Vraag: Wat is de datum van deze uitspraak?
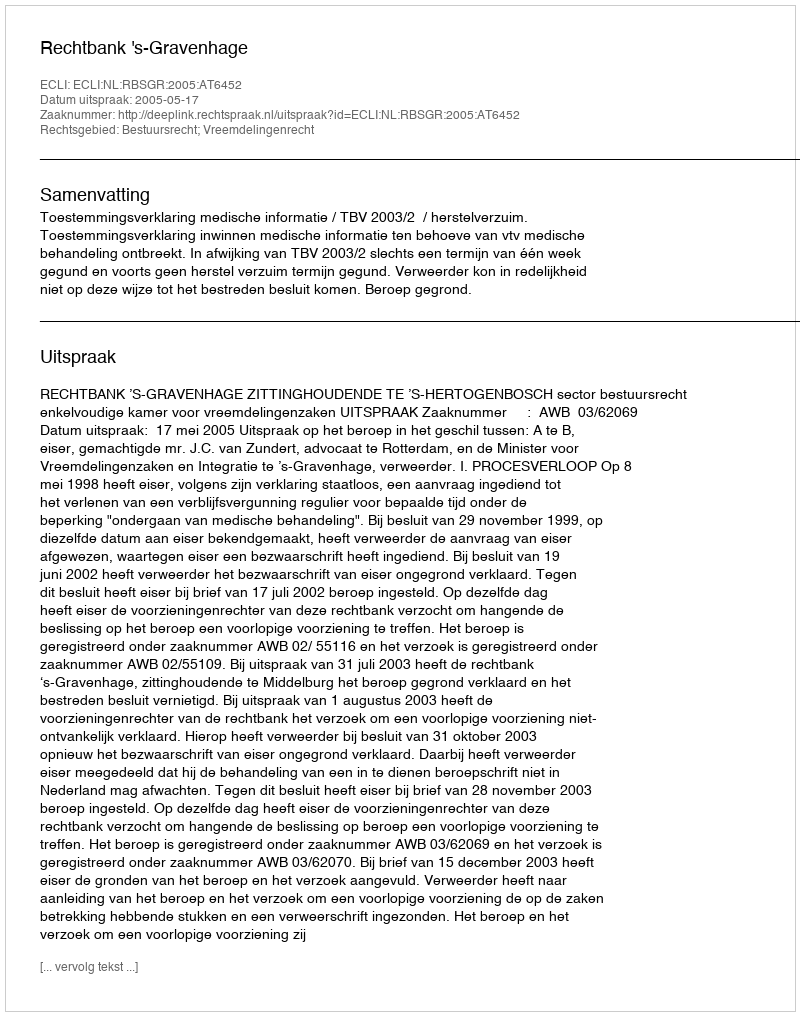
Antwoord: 2005-05-17